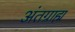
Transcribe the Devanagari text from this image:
अंतग्राह्म